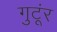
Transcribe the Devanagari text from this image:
गुटूंर